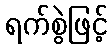
ရက်စွဲဖြင့်